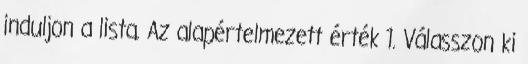
induljon a lista. Az alapértelmezett érték 1. Válasszon ki